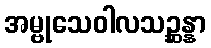
အမ္ဗုသေဝါလသဉ္ဆန္နာ